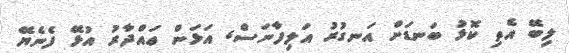
ލިބޭ އެތި ކޮޅު ބަނޑަށް އަނގުރު އަލިފާނަސް